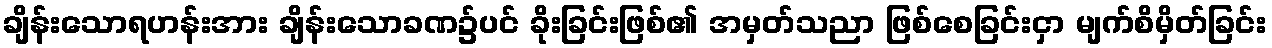
ချိန်းသောရဟန်းအား ချိန်းသောခဏ၌ပင် ခိုးခြင်းဖြစ်၏ အမှတ်သညာ ဖြစ်စေခြင်းငှာ မျက်စိမှိတ်ခြင်း